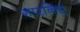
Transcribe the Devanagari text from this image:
गारनिए